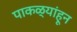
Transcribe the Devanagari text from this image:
पाकळ्यांहून